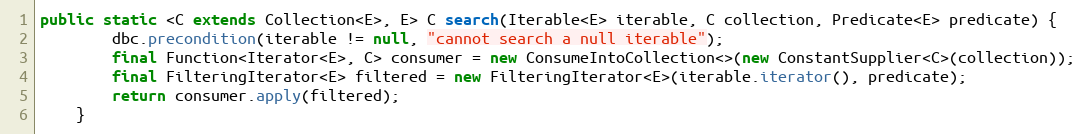
Language: Java
public static <C extends Collection<E>, E> C search(Iterable<E> iterable, C collection, Predicate<E> predicate) {
        dbc.precondition(iterable != null, "cannot search a null iterable");
        final Function<Iterator<E>, C> consumer = new ConsumeIntoCollection<>(new ConstantSupplier<C>(collection));
        final FilteringIterator<E> filtered = new FilteringIterator<E>(iterable.iterator(), predicate);
        return consumer.apply(filtered);
    }